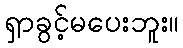
ရှာခွင့်မပေးဘူး။